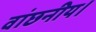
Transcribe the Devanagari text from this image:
वांछनीय।